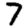
Digit: 7